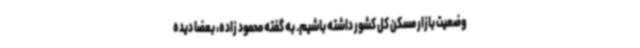
وضعیت بازار مسکن کل کشور داشته باشیم. به گفته محمود زاده، بعضا دیده